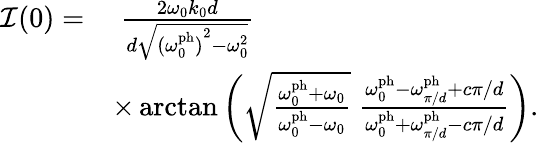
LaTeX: \begin{array}{rl}{\mathcal{I}(0)=}&{\; \frac{2\omega_{0}k_{0}d}{d\sqrt{{(\omega_{0}^{\mathrm{ph}})}^{2}-\omega_{0}^{2}}}}\\ &{\times\arctan\left(\sqrt{\frac{\omega_{0}^{\mathrm{ph}}+\omega_{0}}{\omega_{0}^{\mathrm{ph}}-\omega_{0}}}\; \frac{\omega_{0}^{\mathrm{ph}}-\omega_{\pi/d}^{\mathrm{ph}}+c\pi/d}{\omega_{0}^{\mathrm{ph}}+\omega_{\pi/d}^{\mathrm{ph}}-c\pi/d}\right).}\end{array}